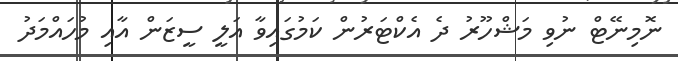
ނޮމިނޭޓް ނުވި މަޝްހޫރު ދެ އެކްޓަރުން ކަމުގައިވާ އަލީ ސީޒަން އާއި މުހައްމަދު